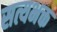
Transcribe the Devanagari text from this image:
सत्यभक्त